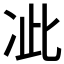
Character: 𭂍